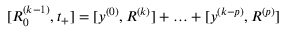
[ R _ { 0 } ^ { ( k - 1 ) } , t _ { + } ] = [ y ^ { ( 0 ) } , R ^ { ( k ) } ] + \ldots + [ y ^ { ( k - p ) } , R ^ { ( p ) } ]